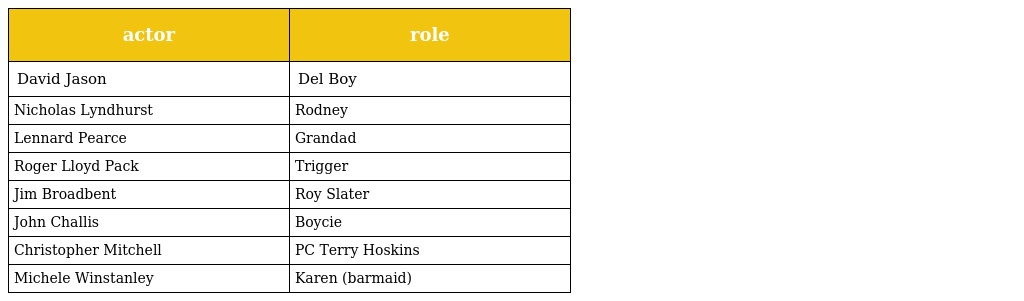
| actor | role |
 | --- | --- |
 | David Jason | Del Boy |
 | Nicholas Lyndhurst | Rodney |
 | Lennard Pearce | Grandad |
 | Roger Lloyd Pack | Trigger |
 | Jim Broadbent | Roy Slater |
 | John Challis | Boycie |
 | Christopher Mitchell | PC Terry Hoskins |
 | Michele Winstanley | Karen (barmaid) |